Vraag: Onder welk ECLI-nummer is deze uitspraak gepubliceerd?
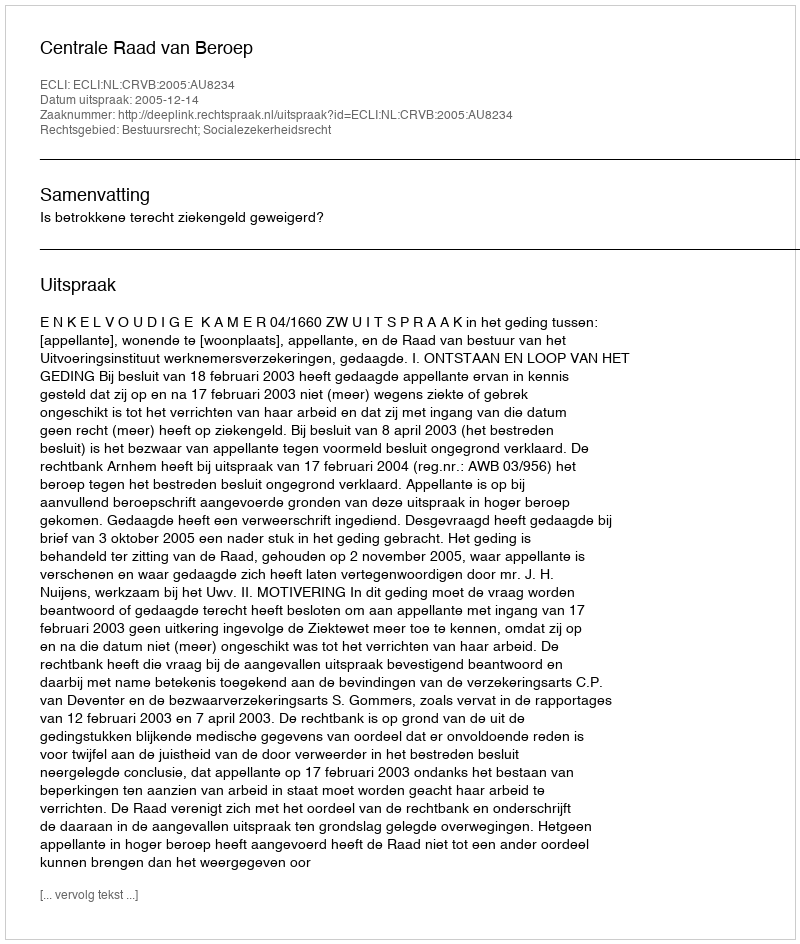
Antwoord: ECLI:NL:CRVB:2005:AU8234